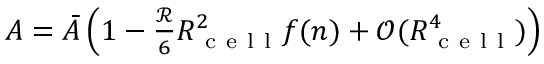
\begin{array} { r } { A = \Bar { A } \left( 1 - \frac { \mathcal { R } } { 6 } R _ { \mathrm { ~ c ~ e ~ l ~ l ~ } } ^ { 2 } f ( n ) + \mathcal { O } ( R _ { \mathrm { ~ c ~ e ~ l ~ l ~ } } ^ { 4 } ) \right) } \end{array}